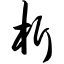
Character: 析